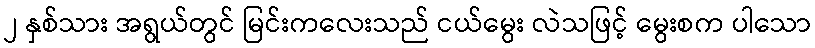
၂ နှစ်သား အရွယ်တွင် မြင်းကလေးသည် ငယ်မွေး လဲသဖြင့် မွေးစက ပါသော